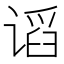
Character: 𰵽